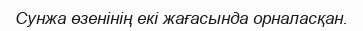
Сунжа өзенінің екі жағасында орналасқан.